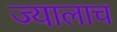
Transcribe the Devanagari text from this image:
ज्यालाच